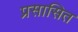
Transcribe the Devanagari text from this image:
प्रसासित